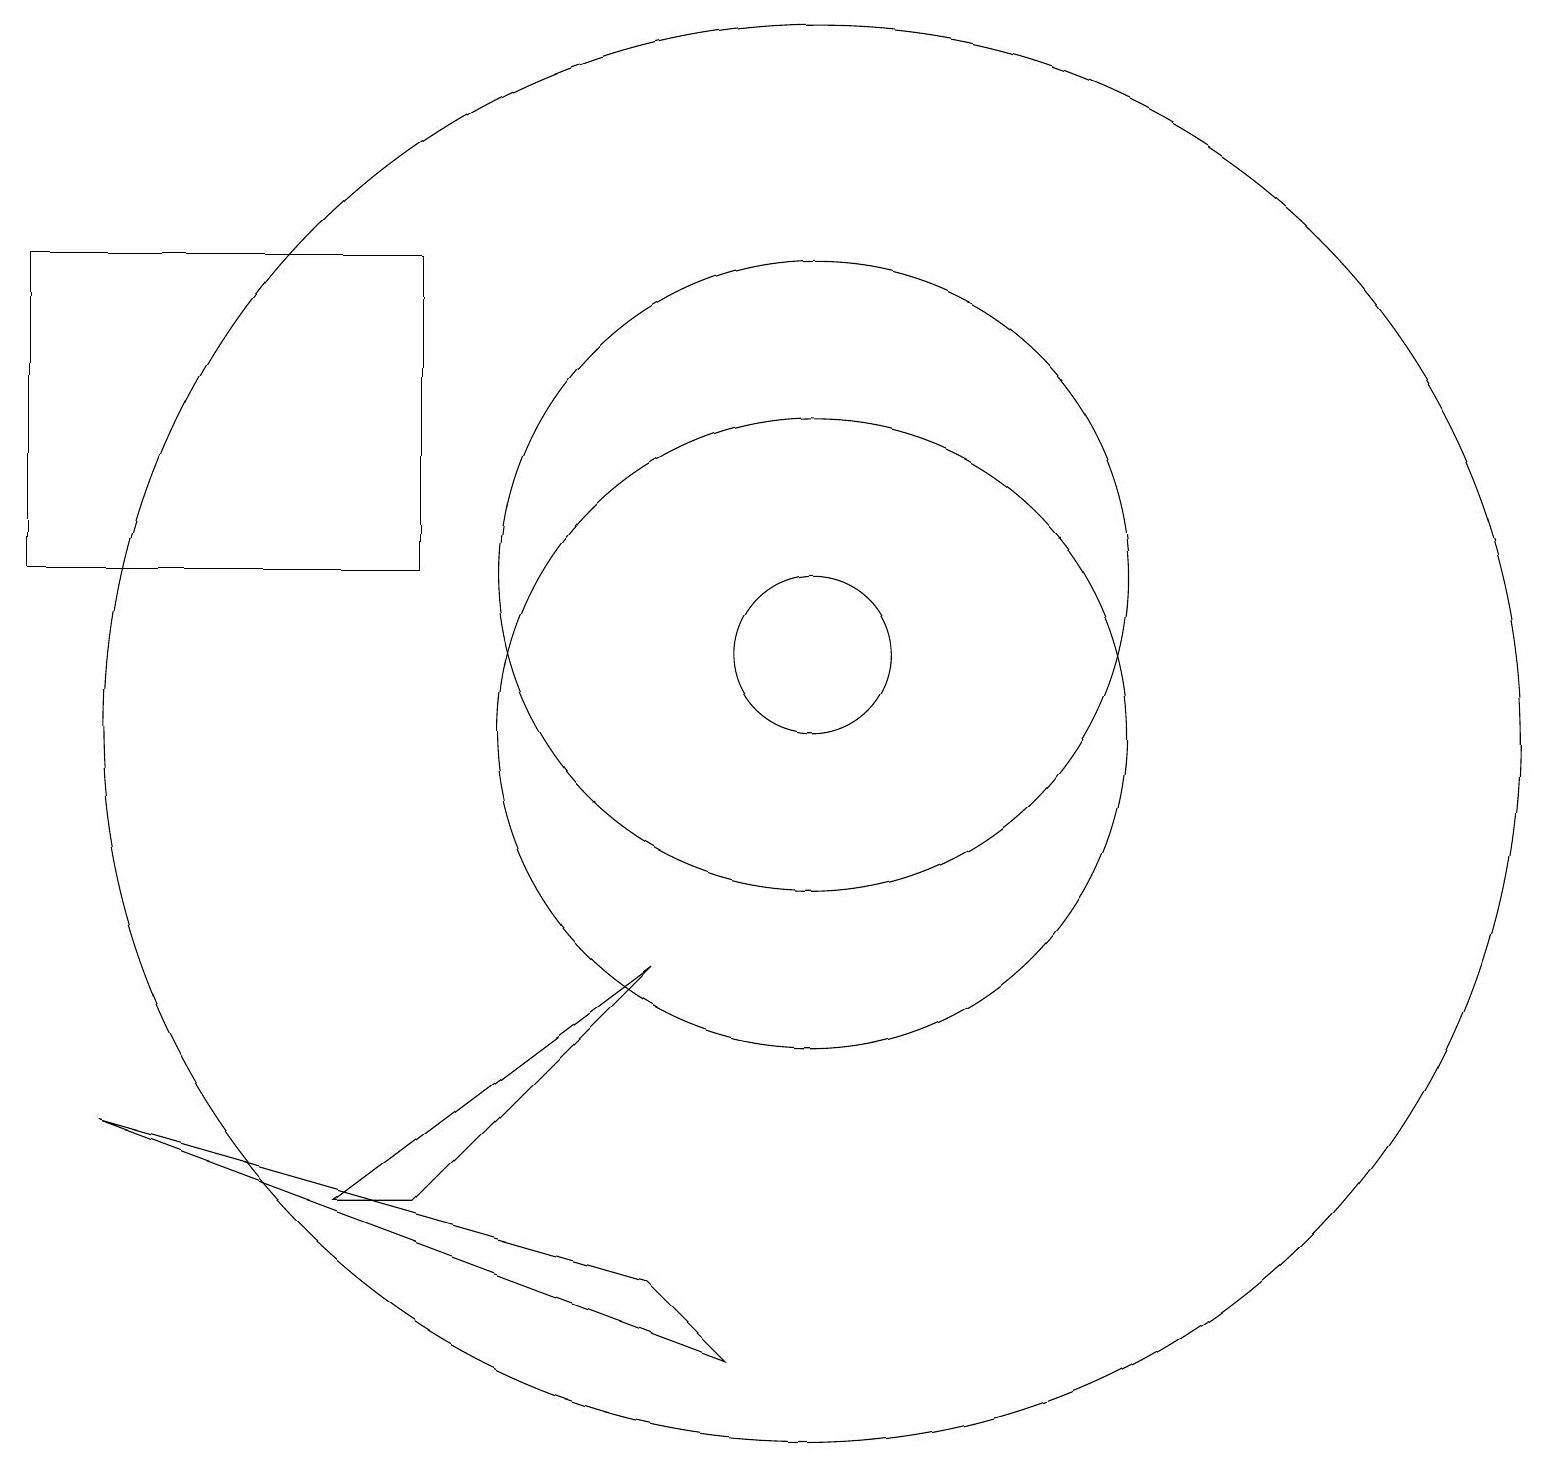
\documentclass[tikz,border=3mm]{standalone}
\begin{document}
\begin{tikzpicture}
\draw (10,12) circle (4);
\draw (9,2) -- (1,5) -- (8,3) -- cycle;
\draw (5,16) rectangle (0,12);
\draw (5,4) -- (4,4) -- (8,7) -- cycle;
\draw (10,10) circle (4);
\draw (10,10) circle (9);
\draw (10,11) circle (1);
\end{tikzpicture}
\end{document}